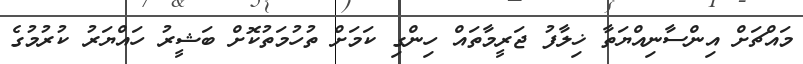
މައްޗަށް އިންސާނިއްޔަތާ ޚިލާފު ޖަރީމާތައް ހިންގި ކަމަށް ތުހުމަތުކޮށް ބަޝީރު ހައްޔަރު ކުރުމުގެ